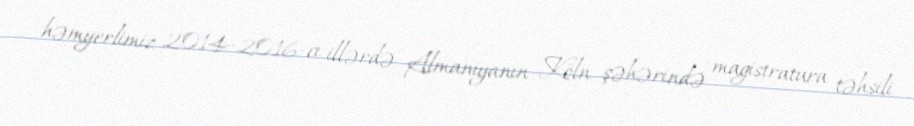
həmyerlimiz 2014–2016-cı illərdə Almaniyanın Köln şəhərində magistratura təhsili